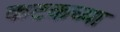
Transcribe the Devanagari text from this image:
कटकच्या